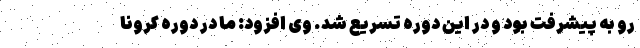
رو به پیشرفت بود و در این دوره تسریع شد. وی افزود: ما در دوره کرونا